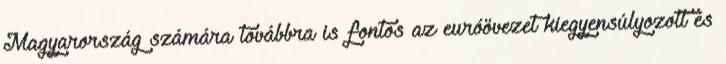
Magyarország számára továbbra is fontos az euróövezet kiegyensúlyozott és